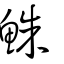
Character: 鮢